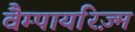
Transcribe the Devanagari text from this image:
वैम्पायरिज़्म